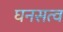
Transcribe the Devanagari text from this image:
घनसत्व